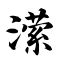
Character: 潆